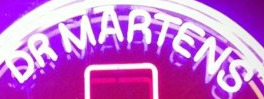
DR MARTENS